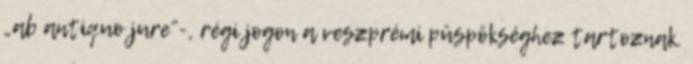
„ab antiquo jure”-, régi jogon a veszprémi püspökséghez tartoznak.